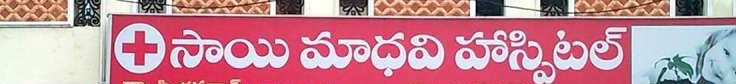
Language: telugu
Transcription: సాయి మాధవి హాస్పిటల్